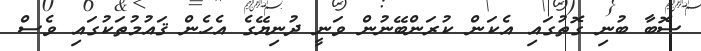
ސޮބާ ބުނި ގޮތުގައި އެކަން ކުރަންބޭނުން ވަނީ ދުނިޔޭގެ އެހެން ޤައުމުތަކުގައި ވެސް